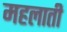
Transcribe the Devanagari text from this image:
महलाती